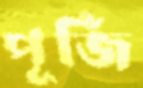
পূর্জি